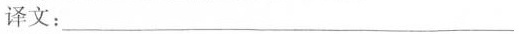
译文：___